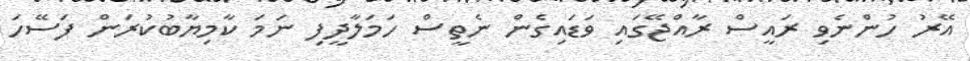
އޭރު ހުންނެވި ރައީސް ރާއްޖޭގައި ވަޑައިގެން ނެތީސް ހަމަލާދީފި ނަމަ ކާމިޔާބުކުރަން ފަސޭހަ